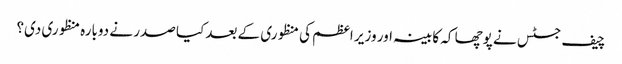
چیف جسٹس نے پوچھا کہ کابینہ اور وزیر اعظم کی منظوری کے بعد کیا صدر نے دوبارہ منظوری دی؟